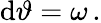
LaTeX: \mathrm{d}\vartheta=\omega\, .